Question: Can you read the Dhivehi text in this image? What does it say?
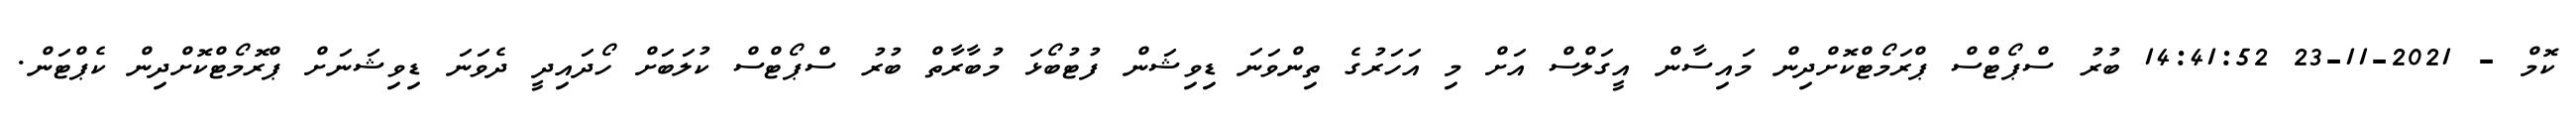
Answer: ކޮމް - 2021-11-23 14:41:52 ބުރު ސްޕޯޓްސް ޕްރަމޯޓްކޮށްދިން މައިސާން އީގަލްސް އަށް މި އަހަރުގެ ތިންވަނަ ޑިވިޝަން ފުޓުބޯޅަ މުބާރާތް ބުރު ސްޕޯޓްސް ކުލަބަށް ހޯދައިދީ ދެވަނަ ޑިވިޝަނަށް ޕްރޮމޯޓްކޮށްދިން ކެޕްޓަން.